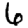
Digit: 6